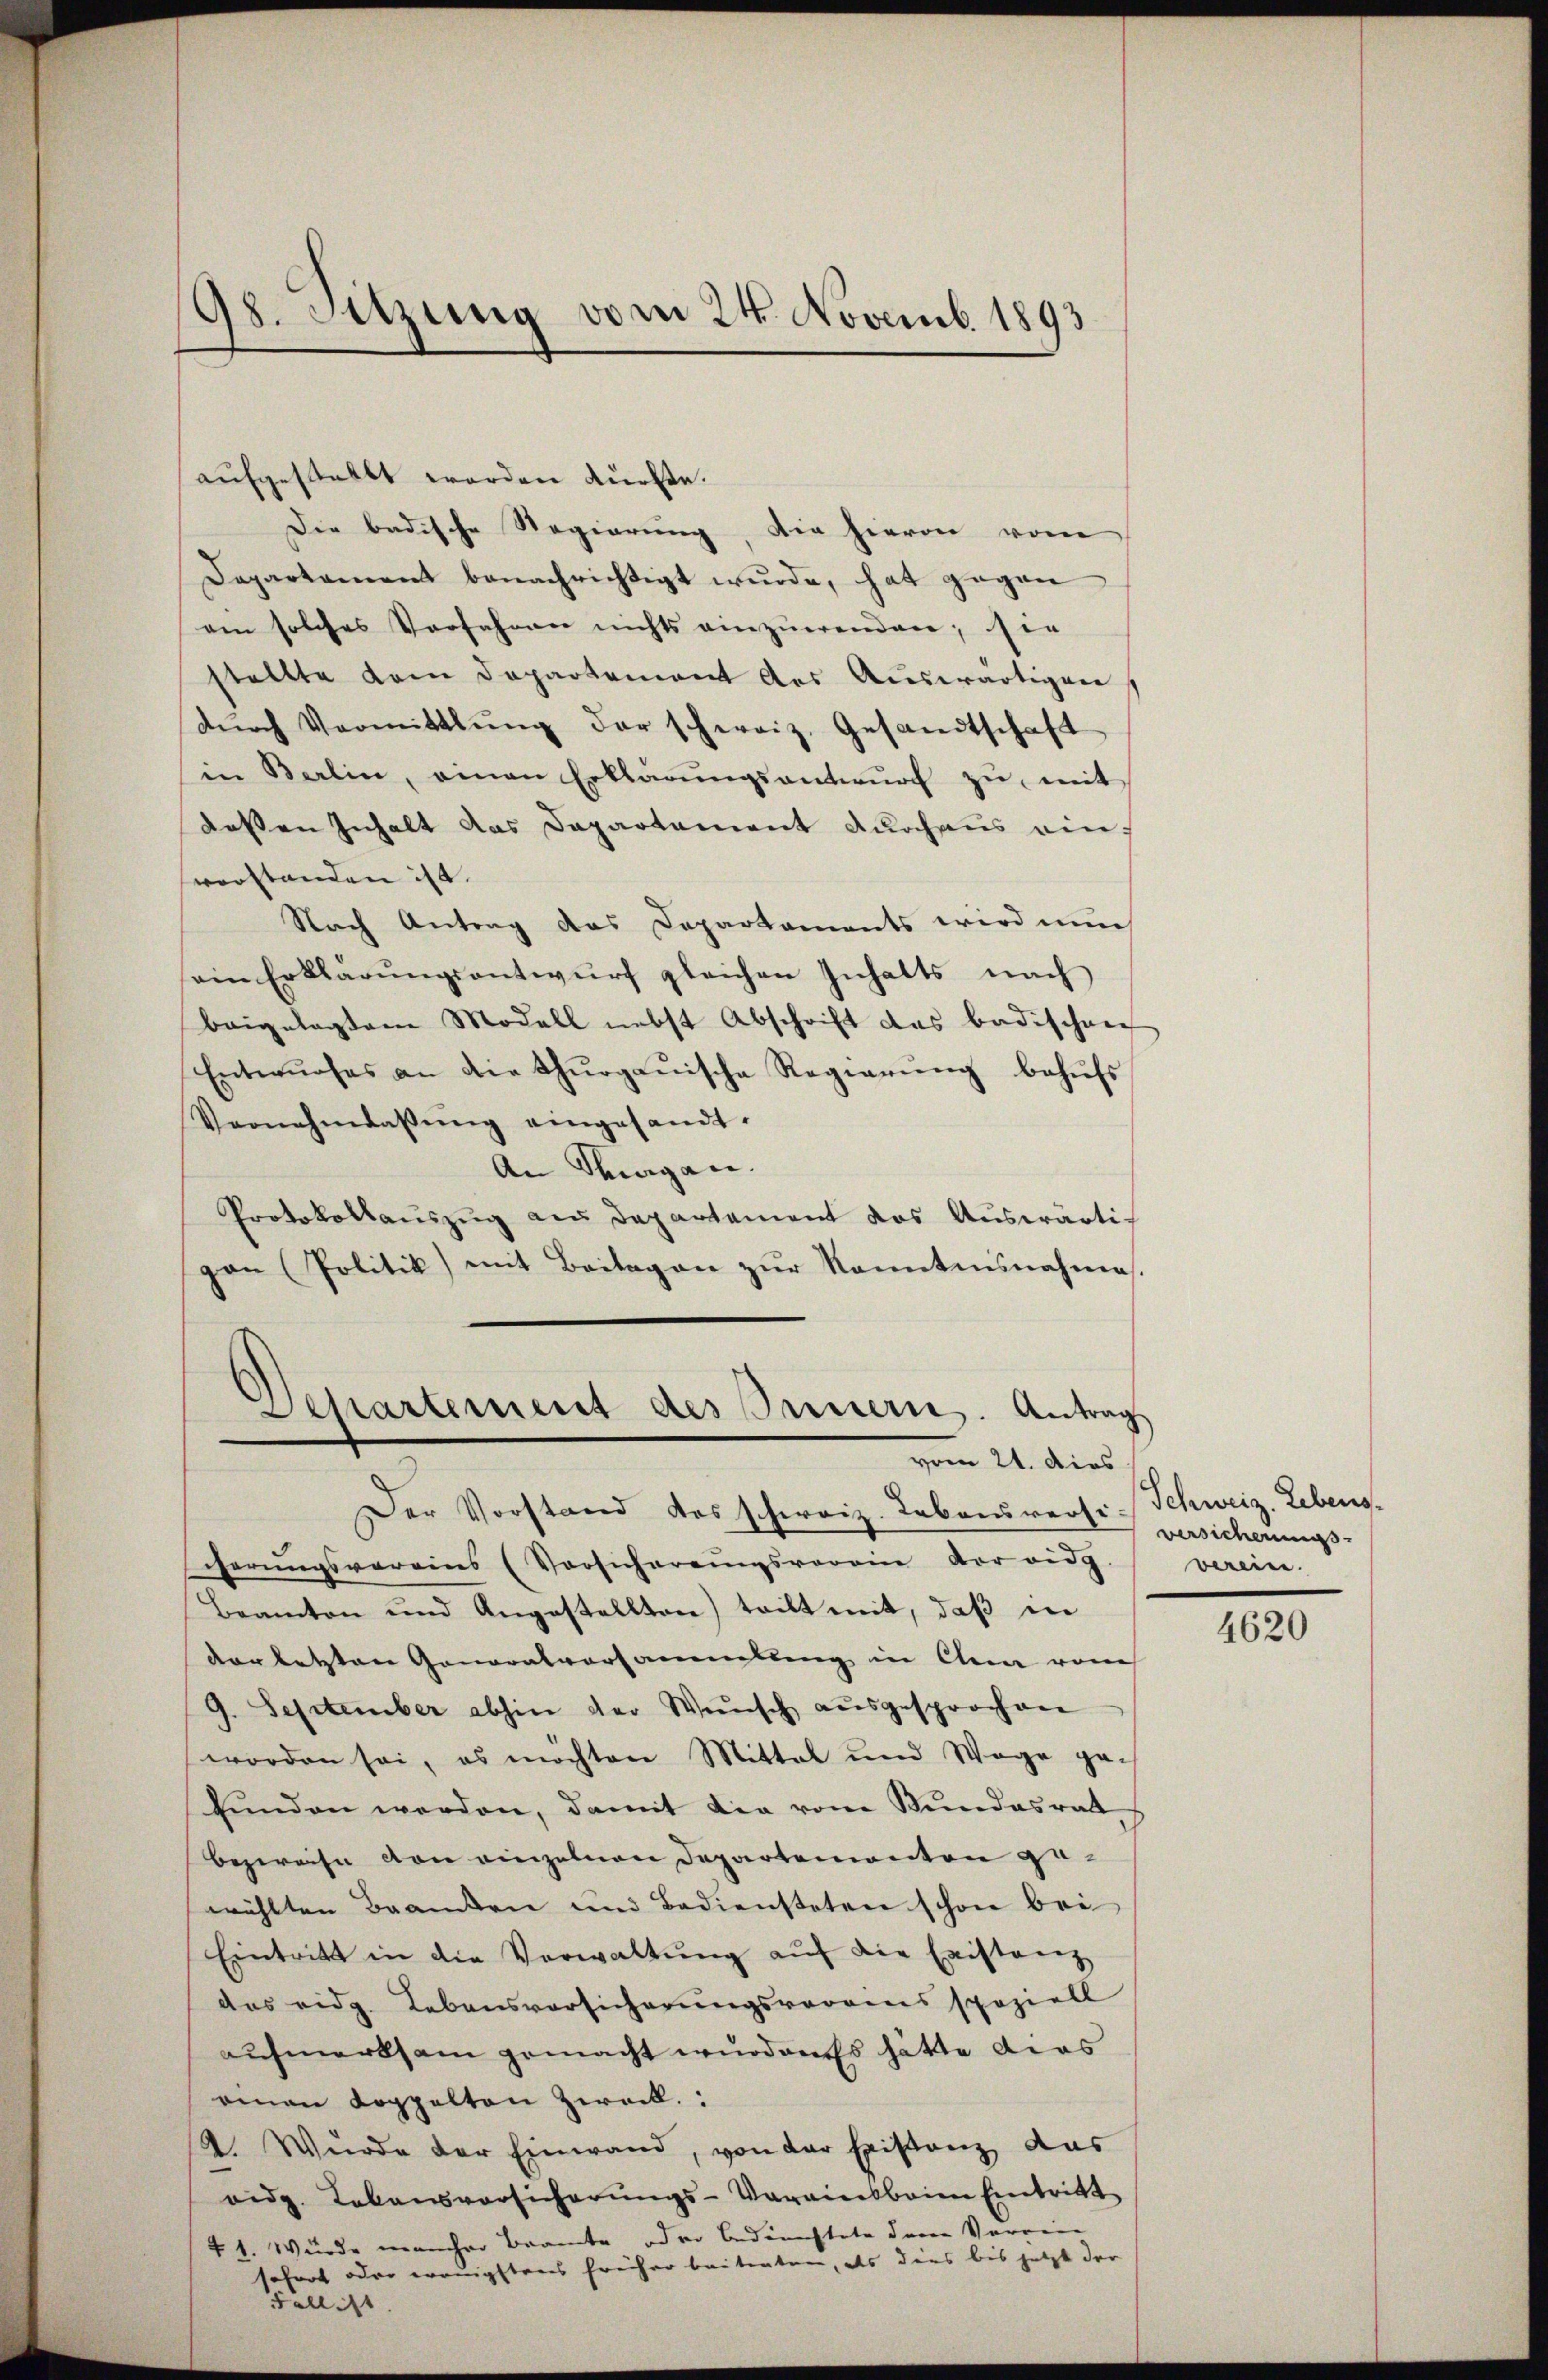
98. Sitzung vom 24. Novemb. 1893

aufgestatt werden dürfte.
Die badische Regierung, die hievon vom
Dapartament benachrichtigt wurde, hat gegen
ain solches Vorfahren nichts einzŭerenden; sie
stellte dem Departement des Auswärtigen
dŭrch Vormittlung der schweiz. Gesandtschaft
in Berlin, einen Erklärŭngsantwŭrf zŭ, mit
dessen Inhalt das Departement durchaus einverstanden ist.
Nach Antrag das Departaments wird nun
ein Erklärŭngsantwŭrf gleichen Inhalts nach
beigelegtem Modell nebst Abschrift das Badischen
Entwŭrfes an die Thŭrgaŭische Regierŭng behŭfs
Vernehmlassŭng eingesandt.
An Magen.
Protokollauszug an Departament das Auswärtig
gon (Politik mit Beilagen zŭr Kenntnisnahme.

.
Separtement des Innern. Antrag
vom 21. dies

Der Vorstand des schweiz. Lebensversicherungsvereins (Vorsicherungsvorain vor eidg
Beamten und Angestellten) teilt mit, daβ in
vorletzten Generalvorsammelling in Clen von
9. September abhin der Wunsch ausgesprochen
worden sei, es möchten Mittel und Wege gefŭnden werden, damit die vom Stundesrat
bezweife von einzelnen Departementen ge-
wählten Beamten und Bediensteten schon bei
Eintritt in die Verwaltŭng aŭf die Existanz
das eidg. Lebensvorsicherungsvoraus speziell
aufmerksam gemacht wurden. Es hätte dies
einen Koppelten Zweck.
K. Würde der Einwand, von der Existanz das
eidg. Lebensvorsicherŭngs-Vorainbbaim Eintritt
41. Würde mancher Beamte oder bedünstete dem Verein
tofort oder wenigstens Freiher beitenten, als dies bis jetzt der
Fall ist

Schweiz. Lebens.
versichenmas
vereine

4620